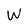
Character: W